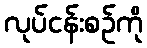
လုပ်ငန်းစဉ်ကို